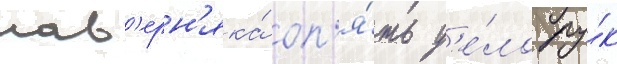
нав'ерн'яка́ оп'я́ть д'е́ло ру́к